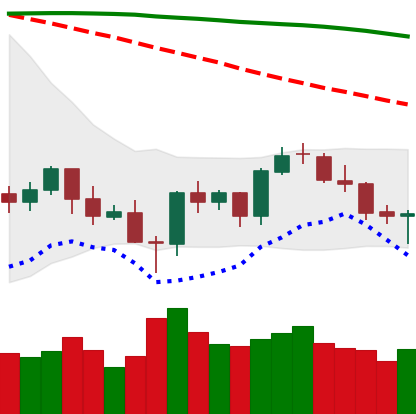
Ticker: BTC-USD
Chart end date: 2021-06-20
Forward return: -11.375%
Label: down_7plus